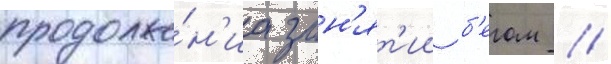
продолже́н'иа зан'ят'ии б'егом //